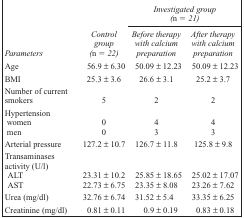
|  |  | <COLSPAN=2> Investigated group (n = 21) |
 | Parameters | Control group (n = 22) | Before therapy with calcium preparation | After therapy with calcium preparation |
 | --- | --- | --- | --- |
 | Age | 56.9 ± 6.30 | 50.09 ± 12.23 | 50.09 ± 12.23 |
 | BMI | 25.3 ± 3.6 | 26.6 ± 3.1 | 25.2 ± 3.7 |
 | Number of current smokers | 5 | 2 | 2 |
 | <COLSPAN=4> Hypertension |
 | women | 0 | 4 | 4 |
 | men | 0 | 3 | 3 |
 | Arterial pressure | 127.2 ± 10.7 | 126.7 ± 11.8 | 125.8 ± 9.8 |
 | <COLSPAN=4> Transaminases activity (U/l) |
 | ALT | 23.31 ± 10.2 | 25.85 ± 18.65 | 25.02 ± 17.07 |
 | AST | 22.73 ± 6.75 | 23.35 ± 8.08 | 23.26 ± 7.62 |
 | Urea (mg/dl) | 32.76 ± 6.74 | 31.52 ± 5.4 | 33.35 ± 6.25 |
 | Creatinine (mg/dl) | 0.81 ± 0.11 | 0.9 ± 0.19 | 0.83 ± 0.18 |